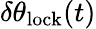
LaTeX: \delta\theta_{\mathrm{lock}}(t)